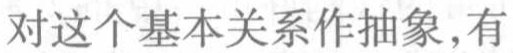
对这个基本关系作抽象,有